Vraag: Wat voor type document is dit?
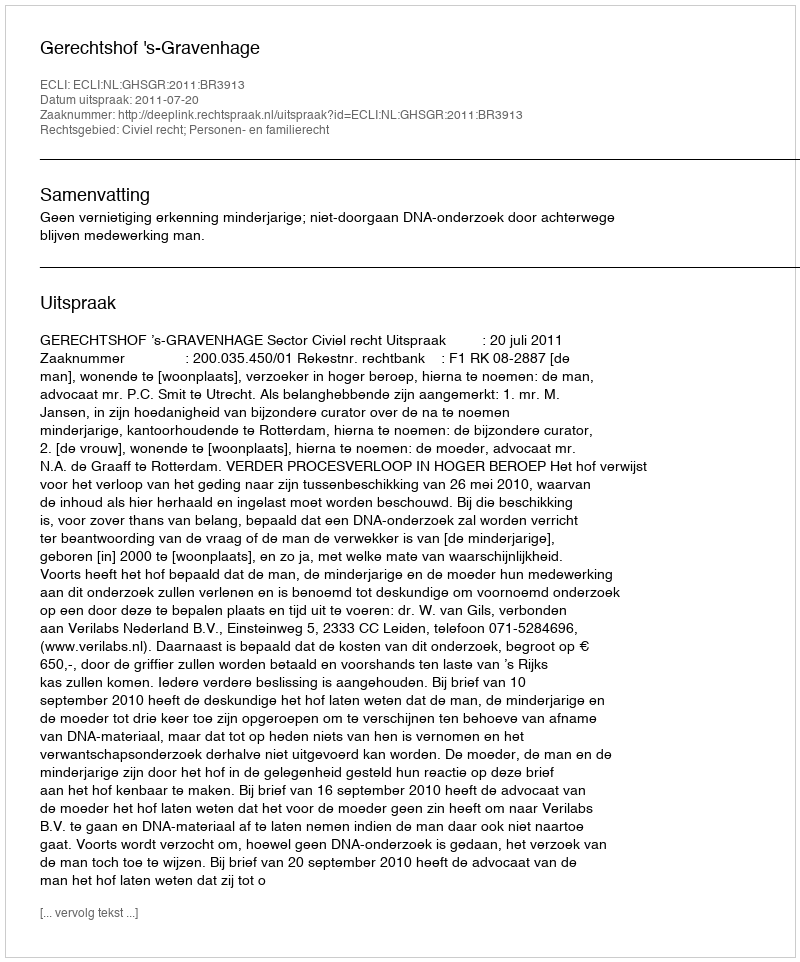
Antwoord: Uitspraak